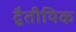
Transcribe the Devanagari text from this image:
द्वैतीयिक